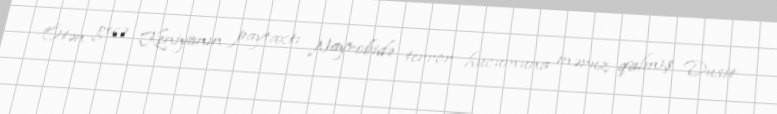
Ötən gecə Keniyanın paytaxtı Nayrobidə terror hücumuna məruz qalmış Dusit